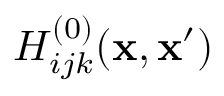
H _ { i j k } ^ { ( 0 ) } ( { \bf x } , { \bf x } ^ { \prime } )